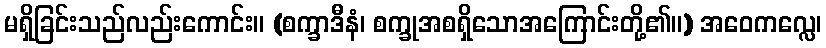
မရှိခြင်းသည်လည်းကောင်း။ (စက္ခာဒီနံ၊ စက္ခုအစရှိသောအကြောင်းတို့၏။) အဝေကလ္လေ၊